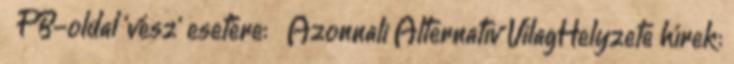
◢ FB-oldal 'vész' esetére: ◢ Azonnali Alternatív VilagHelyzete hírek: